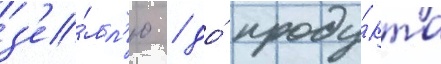
з'е́мл'ю / до́ проду́кта